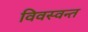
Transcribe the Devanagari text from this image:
विवस्वन्त